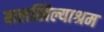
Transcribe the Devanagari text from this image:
बालखिल्याश्रम